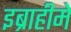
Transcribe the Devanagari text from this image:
इब्राहीमे